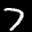
Label: 7